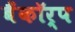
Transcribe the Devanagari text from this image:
बैंकॉर्प